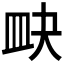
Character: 𥁍